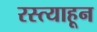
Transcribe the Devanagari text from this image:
रस्त्याहून